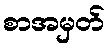
စာအမှတ်